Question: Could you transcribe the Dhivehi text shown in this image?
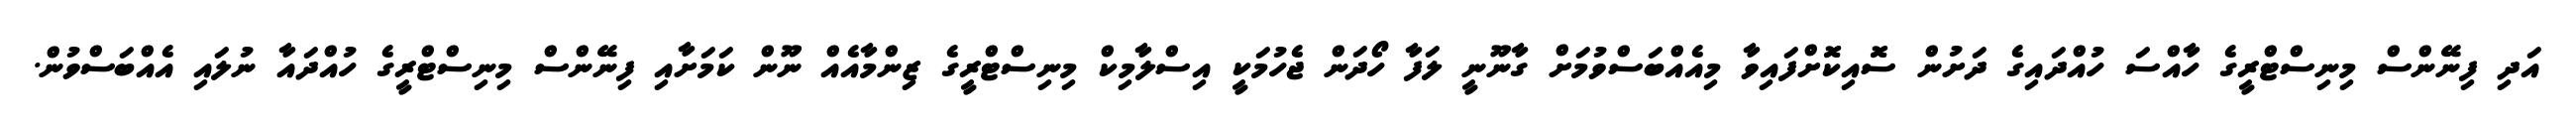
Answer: އަދި ފިނޭންސް މިނިސްޓްރީގެ ހާއްސަ ހުއްދައިގެ ދަށުން ސޮއިކޮށްފައިވާ މިއެއްބަސްވުމަށް ގާނޫނީ ލަފާ ހޯދަން ޖެހުމަކީ އިސްލާމިކް މިނިސްޓްރީގެ ޒިންމާއެއް ނޫން ކަމަށާއި ފިނޭންސް މިނިސްޓްރީގެ ހުއްދައާ ނުލައި އެއްބަސްވުން.